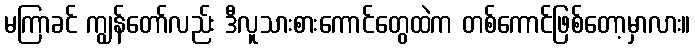
မကြာခင် ကျွန်တော်လည်း ဒီလူသားစားကောင်တွေထဲက တစ်ကောင်ဖြစ်တော့မှာလား။